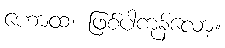
ဟောထ၊ ဖြစ်ပါကုန်လော့။